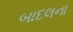
બાદલના